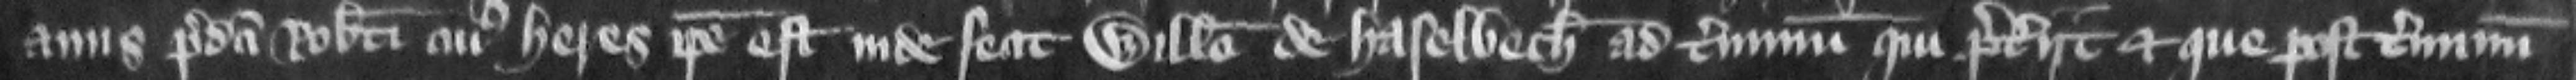
auus predicti Roberti cuius heres ipse est inde fecit Willelmo de Haselbech ad terminum qui preteriit et que post terminum